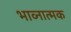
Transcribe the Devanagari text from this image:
भाव्नात्मक